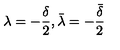
\lambda = - \frac { \delta } { 2 } , \bar { \lambda } = - \frac { \bar { \delta } } { 2 }